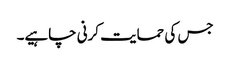
جس کی حمایت کرنی چاہیے۔